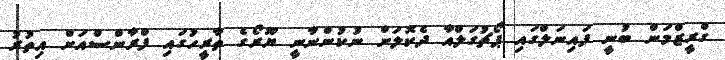
ގްރީޒްމަން ބުނީ ފައިނަލްގައި ޕޯޗުގަލްއާ ދެކޮލަށް ނުކުންނާނީ ޔޫރޯގެ ތާރީހުގައި ފްރާންސްއަށް އިތުރު